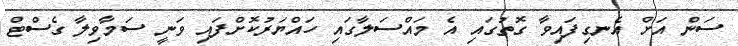
ސަން އަށް އެނގިފައިވާ ގޮތުގައި އެ މައްސަލާގައި ހައްޔަރުކޮށްފައި ވަނީ ސަމާވިލާ ގެސްޓް